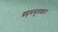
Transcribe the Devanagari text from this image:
ब्रह्रमसूत्रकार